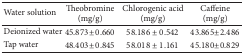
| Water solution | Theobromine(mg/g) | Chlorogenic acid (mg/g) | Caffeine(mg/g) |
 | --- | --- | --- | --- |
 | Deionized water | 45.873 ± 0.660 | 58.186 ± 0.542 | 43.865 ± 2.486 |
 | Tap water | 48.403 ± 0.845 | 58.018 ± 1.161 | 45.180 ± 0.829 |